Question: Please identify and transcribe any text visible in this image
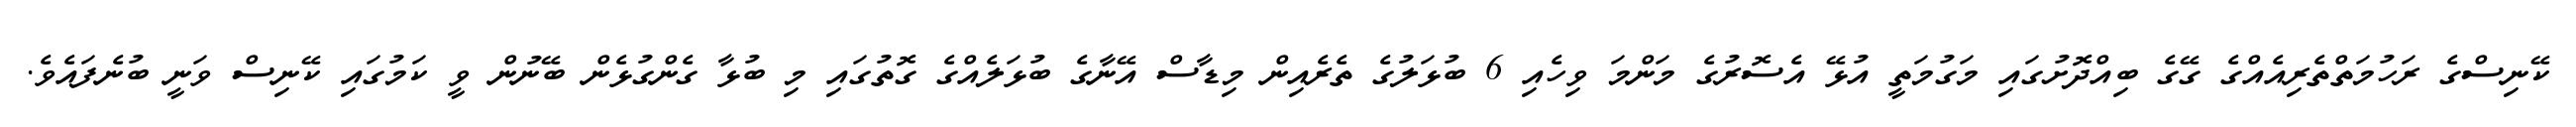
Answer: ކޭނިސްގެ ރަހުމަތްތެރިއެއްގެ ގޭގެ ބިއްދޮށުގައި މަގުމަތީ އުޅޭ އެސޮރުގެ މަންމަ ވިހެއި 6 ބުޅަލުގެ ތެރެއިން މިޑާސް އޭނާގެ ބުޅަލެއްގެ ގޮތުގައި މި ބުޅާ ގެންގުޅެން ބޭނުން ވީ ކަމުގައި ކޭނިސް ވަނީ ބުނެފައެވެ.